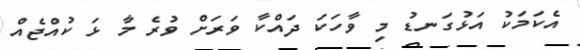
އެކަމަކު އަޅުގަނޑު މި ވާހަކަ ދައްކާ ވަރަށް ވުރެ މާ ޅަ ކުއްޖެއް